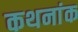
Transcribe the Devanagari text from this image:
कथनांक